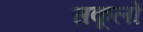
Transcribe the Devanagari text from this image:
सकूलों